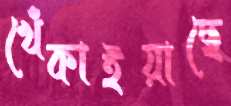
খেঁকাইয়াছে